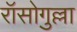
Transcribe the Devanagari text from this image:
रॉसोगुल्ला